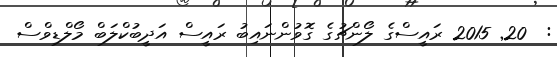
:  20